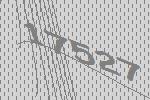
17527